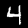
Digit: 4